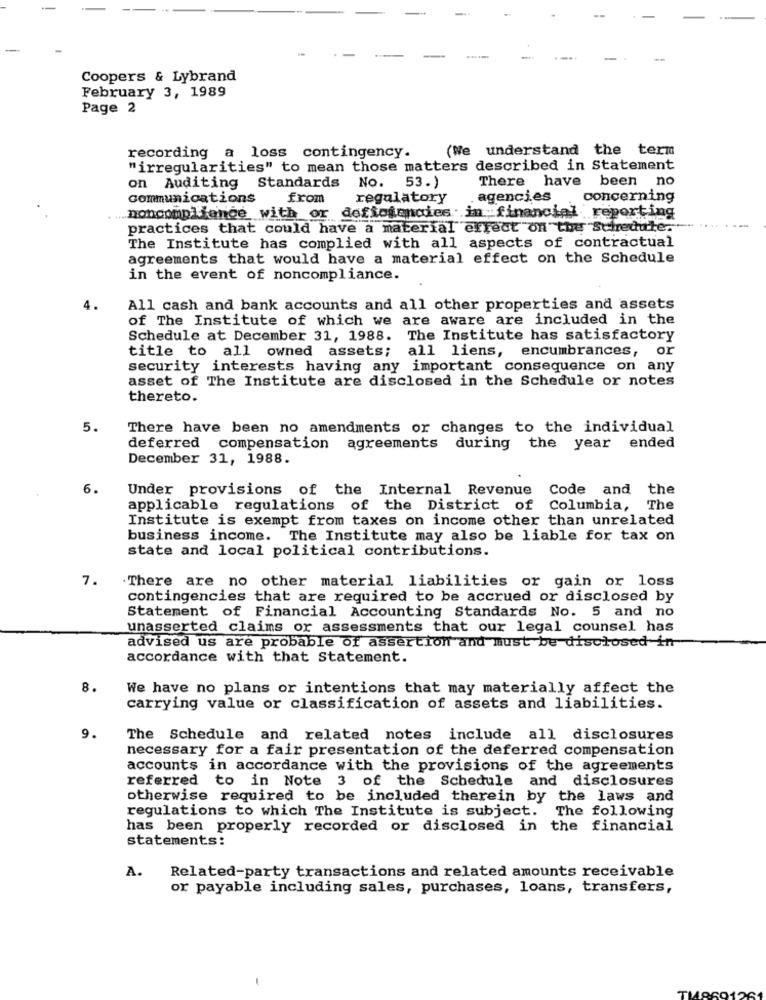
Coopers & Lybrand
February 3, 1989
Page 2
(We understand the term
recording a loss contingency.
"irregularities" to mean those matters described in Statement
There have been no
on Auditing Standards No.
53.)
communications from
regulatory
. agencies
concerning
noncompliance with or defiomandies in financial reporting
practices that could have a material effect on the Schedule. "
The Institute has complied with all aspects of contractual
agreements that would have a material effect on the Schedule
in the event of noncompliance.
4.
All cash and bank accounts and all other properties and assets
of The Institute of which we are aware are included in the
Schedule at December 31, 1988. The Institute has satisfactory
title to all owned assets;
all liens, encumbrances, or
security interests having any important consequence on any
asset of The Institute are disclosed in the Schedule or notes
thereto.
5.
There have been no amendments or changes to the individual
deferred compensation agreements during the year ended
December 31, 1988.
6.
Under provisions of the Internal Revenue
Code and the
applicable regulations of the District of Columbia, The
Institute is exempt from taxes on income other than unrelated
business income.
The Institute may also be liable for tax on
state and local political contributions.
7.
.There are no other material liabilities or gain or loss
contingencies that are required to be accrued or disclosed by
Statement of Financial Accounting Standards No. 5 and no
unasserted claims or assessments that our legal counsel has
advised us are probable of assertion and must be disclosed in
accordance with that Statement.
8.
We have no plans or intentions that may materially affect the
carrying value or classification of assets and liabilities.
9.
The Schedule and related notes include all disclosures
necessary for a fair presentation of the deferred compensation
accounts in accordance with the provisions of the agreements
referred to in Note 3 of the Schedule and disclosures
otherwise required to be included therein by the laws and
regulations to which The Institute is subject. The following
has been properly recorded or disclosed in the financial
statements:
Related-party transactions and related amounts receivable
A.
or payable including sales, purchases, loans, transfers,